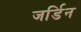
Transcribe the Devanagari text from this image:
जर्डिन